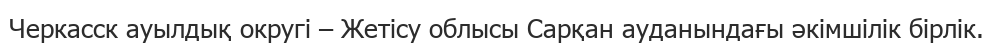
Черкасск ауылдық округі – Жетісу облысы Сарқан ауданындағы әкімшілік бірлік.